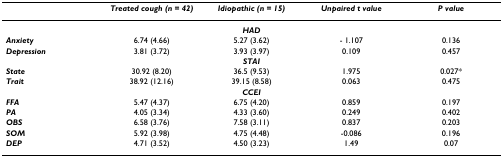
<table><thead><tr><td></td><td><b><i>Treated cough (n = 42)</i></b></td><td><b><i>Idiopathic (n = 15)</i></b></td><td><b><i>Unpaired t value</i></b></td><td><b><i>P value </i></b></td></tr></thead><tbody><tr><td colspan="5"><b><i>HAD</i></b></td></tr><tr><td><b><i>Anxiety</i></b></td><td>6.74 (4.66)</td><td>5.27 (3.62)</td><td>- 1.107</td><td>0.136</td></tr><tr><td><b><i>Depression</i></b></td><td>3.81 (3.72)</td><td>3.93 (3.97)</td><td>0.109</td><td>0.457</td></tr><tr><td colspan="5"><b><i>STAI</i></b></td></tr><tr><td><b><i>State</i></b></td><td>30.92 (8.20)</td><td>36.5 (9.53)</td><td>1.975</td><td>0.027*</td></tr><tr><td><b><i>Trait</i></b></td><td>38.92 (12.16)</td><td>39.15 (8.58)</td><td>0.063</td><td>0.475</td></tr><tr><td colspan="5"><b><i>CCEI</i></b></td></tr><tr><td><b><i>FFA</i></b></td><td>5.47 (4.37)</td><td>6.75 (4.20)</td><td>0.859</td><td>0.197</td></tr><tr><td><b><i>PA</i></b></td><td>4.05 (3.34)</td><td>4.33 (3.60)</td><td>0.249</td><td>0.402</td></tr><tr><td><b><i>OBS</i></b></td><td>6.58 (3.76)</td><td>7.58 (3.11)</td><td>0.837</td><td>0.203</td></tr><tr><td><b><i>SOM</i></b></td><td>5.92 (3.98)</td><td>4.75 (4.48)</td><td>-0.086</td><td>0.196</td></tr><tr><td><b><i>DEP</i></b></td><td>4.71 (3.52)</td><td>4.50 (3.23)</td><td>1.49</td><td>0.07</td></tr></tbody></table>